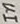
Text: In